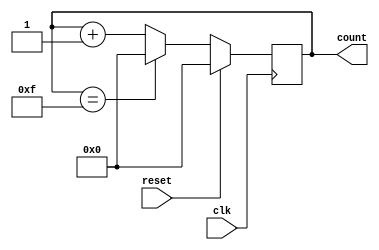
module BinaryCounter(
    input clk,
    input reset,
    output reg [3:0] count
);

reg [3:0] next_count;

always @(posedge clk) begin
    if(reset) begin
        count <= 4'b0000;
    end else begin
        count <= next_count;
    end
end

always @* begin
    if(count == 4'b1111) begin
        next_count = 4'b0000;
    end else begin
        next_count = count + 1;
    end
end

endmodule